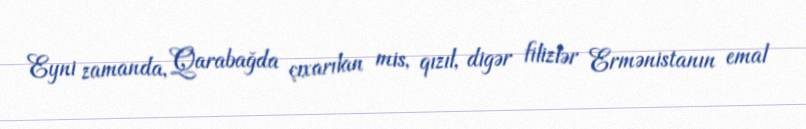
Eyni zamanda, Qarabağda çıxarılan mis, qızıl, digər filizlər Ermənistanın emal